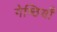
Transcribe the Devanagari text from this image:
गेष्ठियाँ